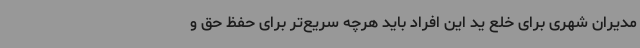
مدیران شهری برای خلع ید این افراد باید هرچه سریع‌تر برای حفظ حق و